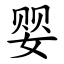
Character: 婴